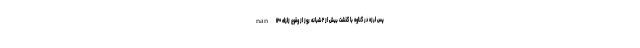
nan ۱۲۰ پس لرزه در گناوه با گذشت بیش از ۲ شبانه روز از وقوع زلزله